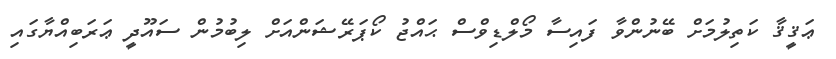
ޢަޤީޤާ ކަތިލުމަށް ބޭނުންވާ ފައިސާ މޯލްޑިވްސް ޙައްޖު ކޯޕަރޭޝަންއަށް ލިބުމުން ސައޫދީ ޢަރަބިއްޔާގައި